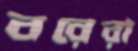
বরেরা